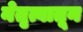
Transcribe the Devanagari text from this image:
नेतृत्वातून